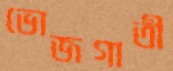
ভোজগাতী